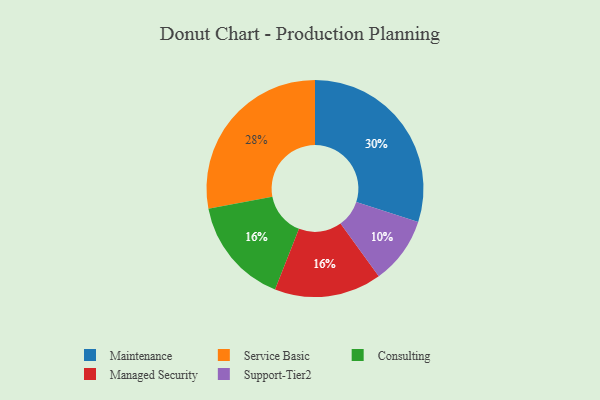
{"axis": {"x": "Category", "y": "Percentage"}, "legend": ["Consulting", "Maintenance", "Managed Security", "Service Basic", "Support-Tier2"], "data": [{"x": "Service Basic", "y": 28, "type": "Service Basic"}, {"x": "Maintenance", "y": 30, "type": "Maintenance"}, {"x": "Consulting", "y": 16, "type": "Consulting"}, {"x": "Support-Tier2", "y": 10, "type": "Support-Tier2"}, {"x": "Managed Security", "y": 16, "type": "Managed Security"}]}